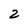
Character: 2